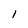
Character: I